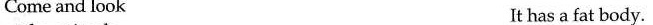
Come and look It has a fat body.